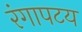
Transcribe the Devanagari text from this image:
रंगापटय